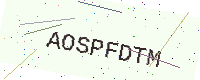
Text: AOSPFDTM